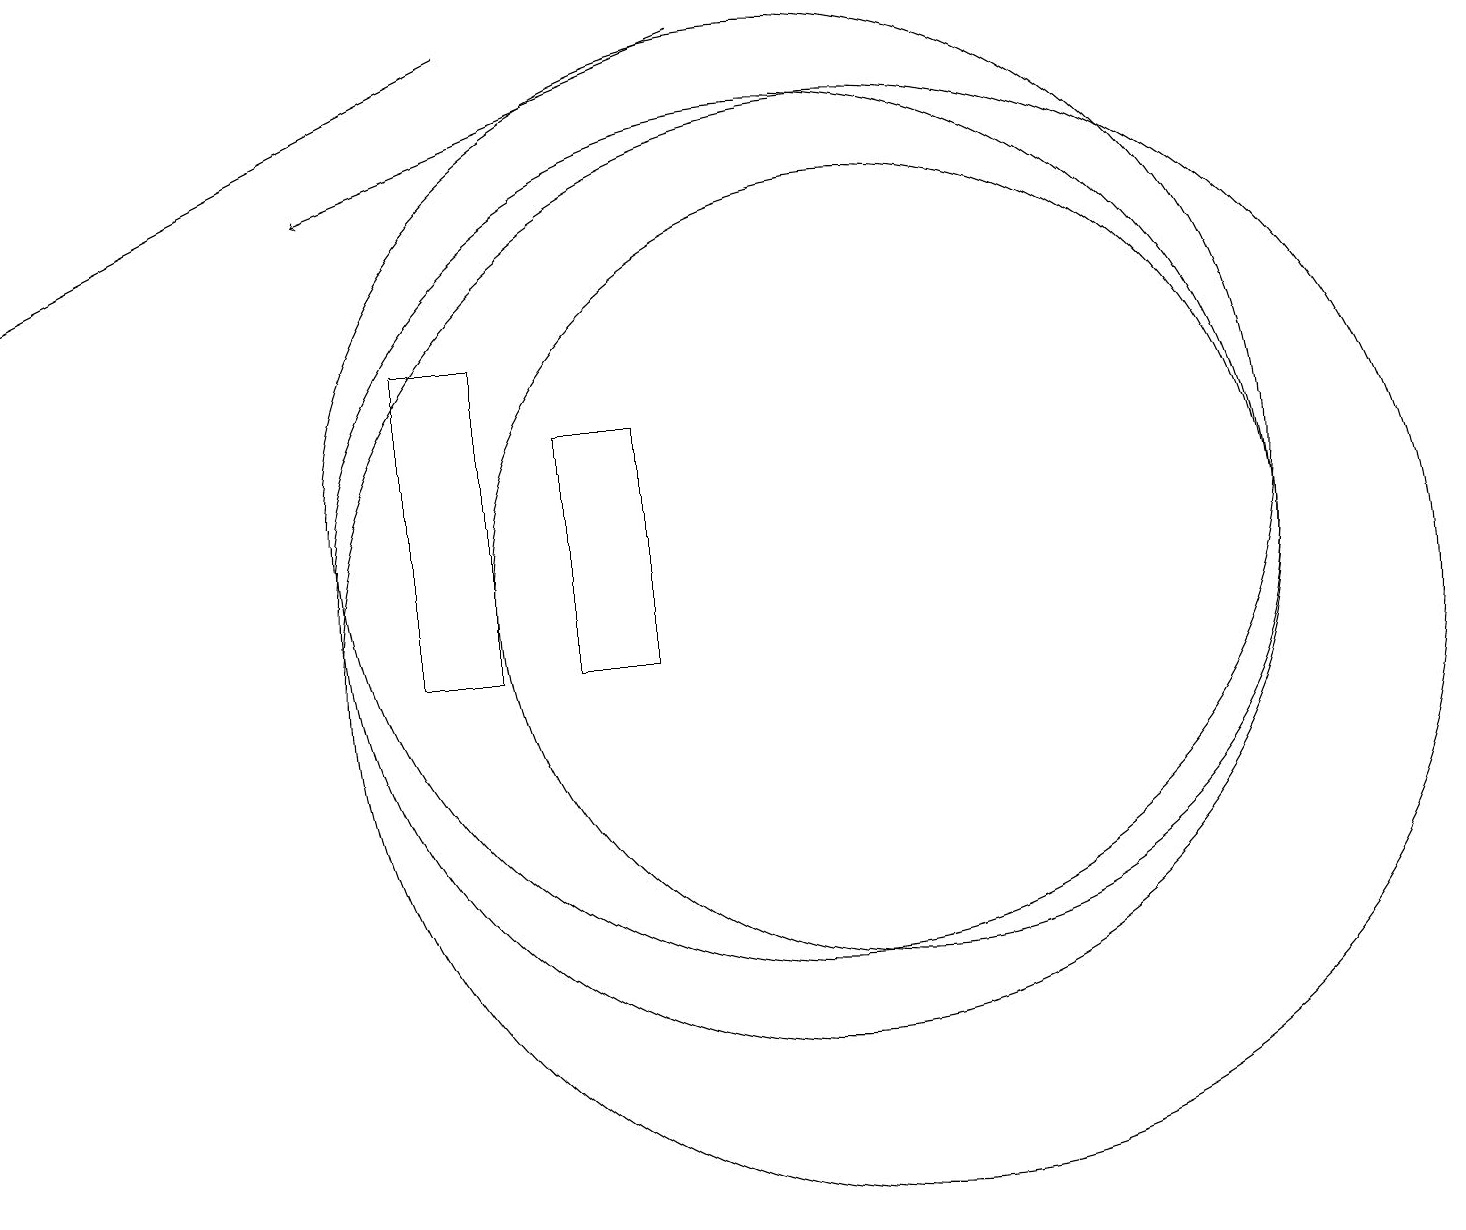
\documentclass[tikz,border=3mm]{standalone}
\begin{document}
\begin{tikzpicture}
\draw[->] (6,18) -- (0,15);
\draw (8,13) rectangle (7,10);
\draw (10,12) circle (6);
\draw (6,14) rectangle (5,10);
\draw (10,11) circle (6);
\draw (11,10) circle (7);
\draw[->] (9,18) -- (4,16);
\draw (11,11) circle (5);
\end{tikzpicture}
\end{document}